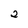
Character: 2